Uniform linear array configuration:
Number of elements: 8
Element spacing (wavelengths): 1
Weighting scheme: exponential
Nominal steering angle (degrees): -15
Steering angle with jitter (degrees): -15.274
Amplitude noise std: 0.05
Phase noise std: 0.05

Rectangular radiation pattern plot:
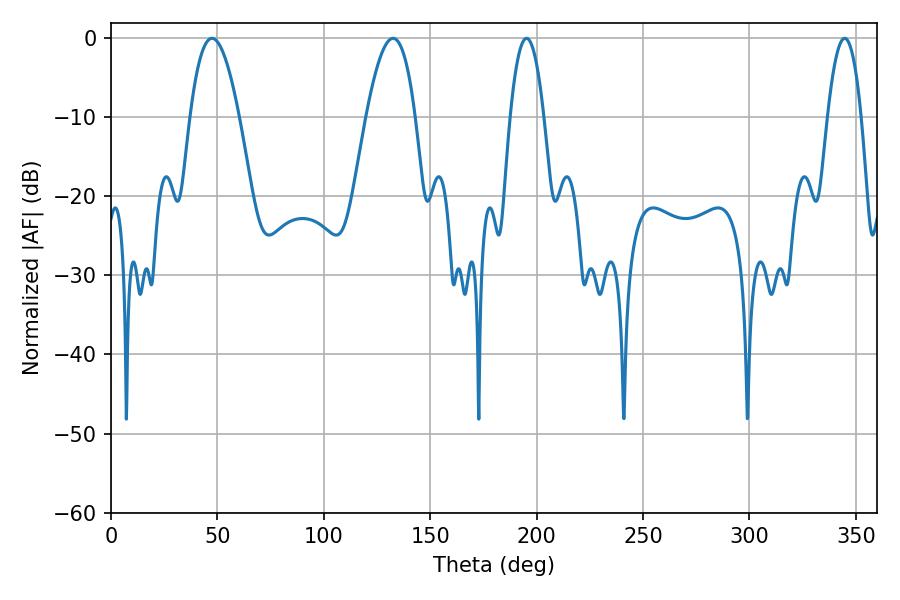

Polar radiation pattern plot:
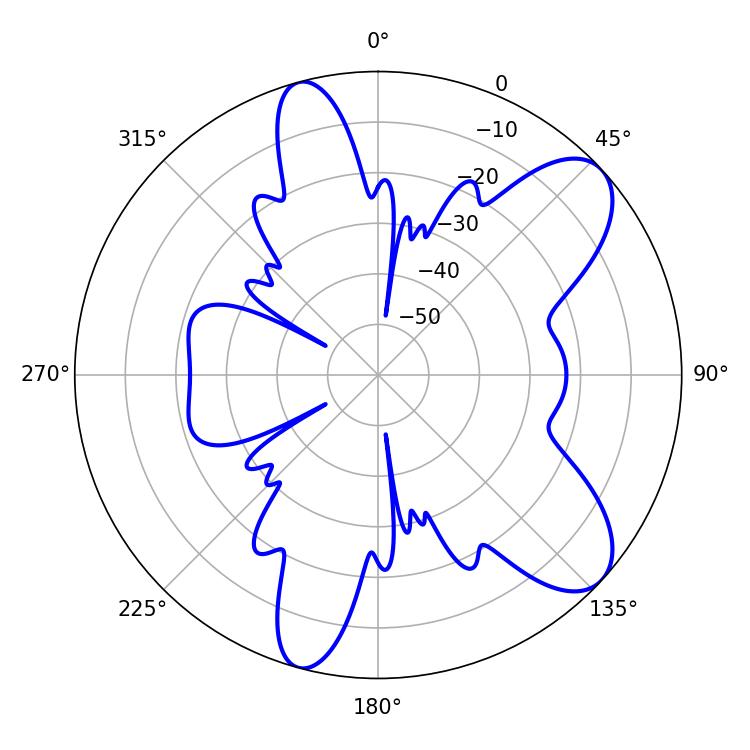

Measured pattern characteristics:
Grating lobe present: TRUE
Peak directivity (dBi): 8.794
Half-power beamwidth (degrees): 12.6
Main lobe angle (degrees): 47.52